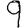
Digit: 9